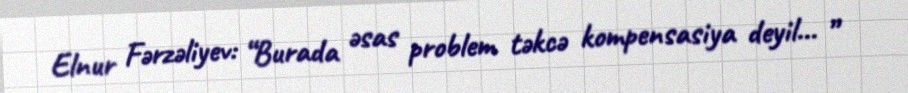
Elnur Fərzəliyev: “Burada əsas problem təkcə kompensasiya deyil... ”